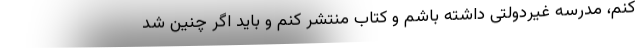
کنم، مدرسه غیردولتی داشته باشم و کتاب منتشر کنم و باید اگر چنین شد